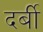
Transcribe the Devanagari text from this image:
दर्बी